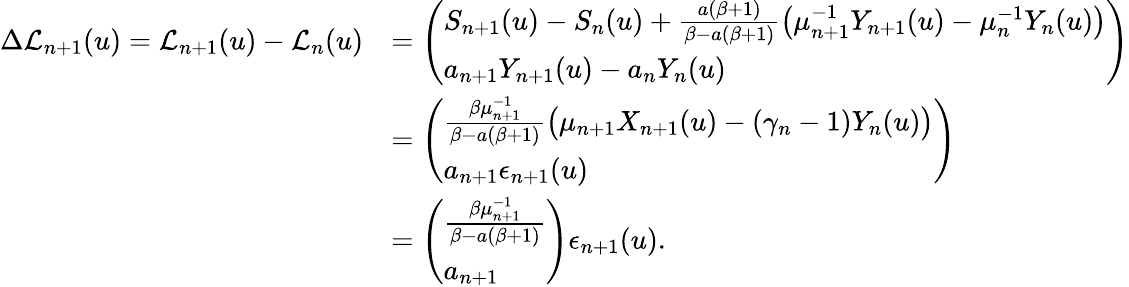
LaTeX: \begin{array}{rl}{\Delta\mathcal{L}_{n+1}(u)=\mathcal{L}_{n+1}(u)-\mathcal{L}_{n}(u)}&{=\left(\begin{array}{l}{S_{n+1}(u)-S_{n}(u)+\frac{a(\beta+1)}{\beta-a(\beta+1)}\big(\mu_{n+1}^{-1}Y_{n+1}(u)-\mu_{n}^{-1}Y_{n}(u)\big)}\\ {a_{n+1}Y_{n+1}(u)-a_{n}Y_{n}(u)}\end{array}\right)}\\ &{=\left(\begin{array}{l}{\frac{\beta\mu_{n+1}^{-1}}{\beta-a(\beta+1)}\big(\mu_{n+1}X_{n+1}(u)-(\gamma_{n}-1)Y_{n}(u)\big)}\\ {a_{n+1}\epsilon_{n+1}(u)}\end{array}\right)}\\ &{=\left(\begin{array}{l}{\frac{\beta\mu_{n+1}^{-1}}{\beta-a(\beta+1)}}\\ {a_{n+1}}\end{array}\right)\epsilon_{n+1}(u).}\end{array}